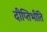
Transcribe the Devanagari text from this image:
दीप्तिभीति